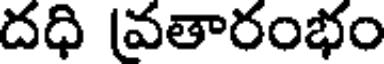
దధి వతారంభం